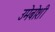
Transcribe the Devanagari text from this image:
उमेबोशी